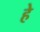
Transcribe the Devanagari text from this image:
हे